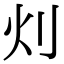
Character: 灲